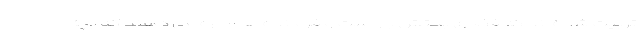
تربیت شده اند که فضای بحثش باز است و فرمانده ها اجازه می دهند که بچه